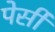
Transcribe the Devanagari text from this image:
पेर्सी